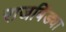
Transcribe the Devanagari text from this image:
राजबिंड्या